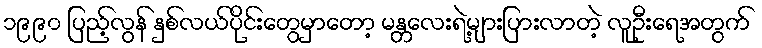
၁၉၉၀ ပြည့်လွန် နှစ်လယ်ပိုင်းတွေမှာတော့ မန္တလေးရဲ့များပြားလာတဲ့ လူဦးရေအတွက်